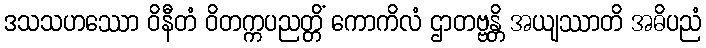
ဒသသဟဿော ဝိနီတံ ဝိတက္ကပညတ္တိံ ကောကိလံ ဌာတဗ္ဗန္တိ အယျဿာတိ အဓိပညံ